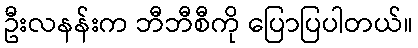
ဦးလနန်းက ဘီဘီစီကို ပြောပြပါတယ်။